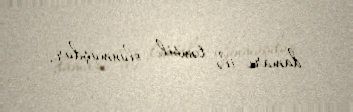
damarı ilə təmsil olunmuşdur.